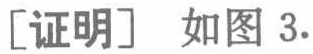
[证明] 如图3.